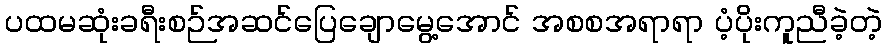
ပထမဆုံးခရီးစဉ်အဆင်ပြေချောမွေ့အောင် အစစအရာရာ ပံ့ပိုးကူညီခဲ့တဲ့